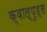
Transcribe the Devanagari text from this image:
क्वाल्युड्स